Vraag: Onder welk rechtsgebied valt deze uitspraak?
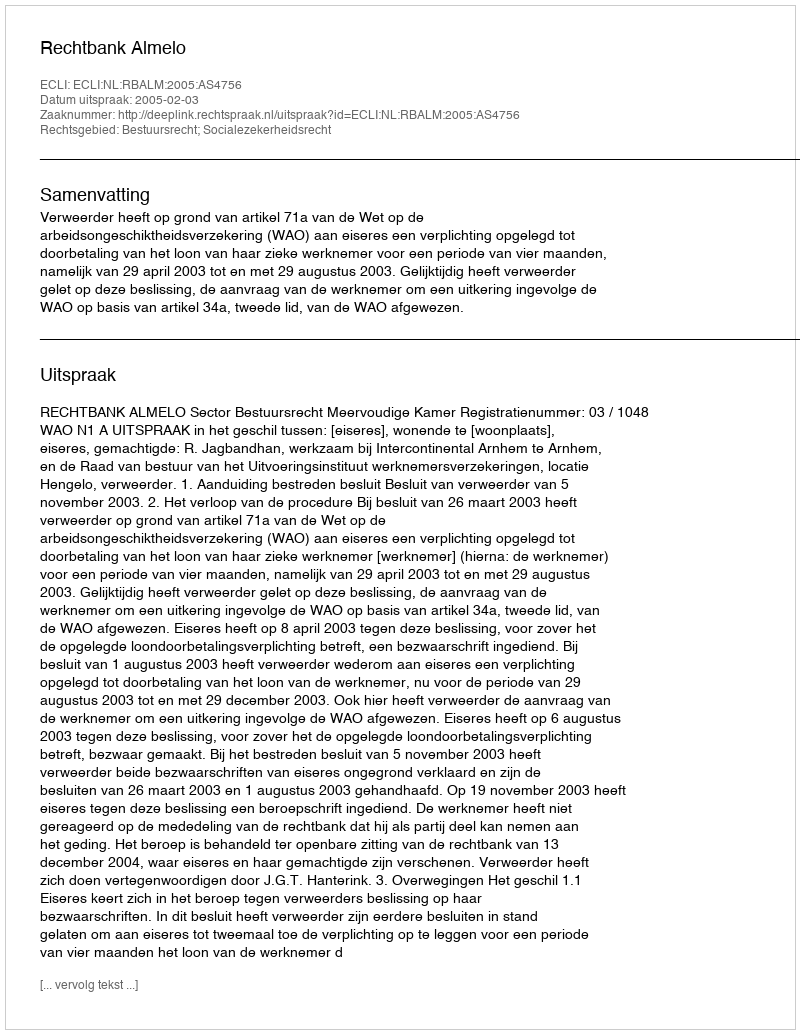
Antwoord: Bestuursrecht; Socialezekerheidsrecht